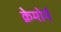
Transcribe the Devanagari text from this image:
क्रेमोर्न